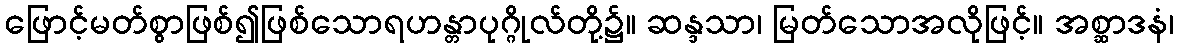
ဖြောင့်မတ်စွာဖြစ်၍ဖြစ်သောရဟန္တာပုဂ္ဂိုလ်တို့၌။ ဆန္ဒသာ၊ မြတ်သောအလိုဖြင့်။ အစ္ဆာဒနံ၊